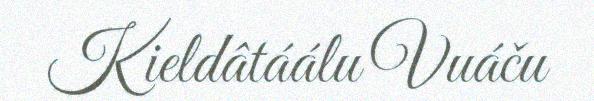
Kieldâtáálu Vuáču